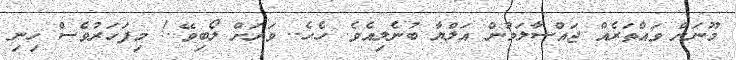
މޫނަށް ވައްތަރެއް ޖައްސާލަމުން އަލްޔާ ބުނެލިއެވެ. ހެހެ.. ވަރަށް ލޯބިވޭ..! މިފަހަރުވެސް ހިނި